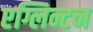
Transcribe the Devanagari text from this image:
एग्लिन्टन